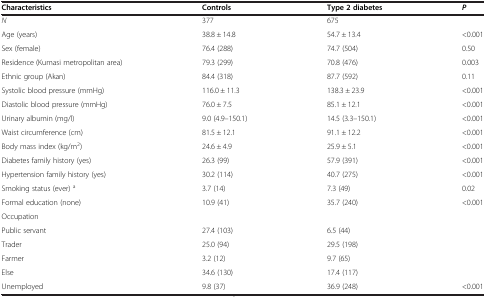
<table><thead><tr><td><b>Characteristics</b></td><td><b>Controls</b></td><td><b>Type 2 diabetes</b></td><td><b><i>P</i></b></td></tr></thead><tbody><tr><td><i>N</i></td><td>377</td><td>675</td><td> </td></tr><tr><td>Age (years)</td><td>38.8 ± 14.8</td><td>54.7 ± 13.4</td><td>&lt;0.001</td></tr><tr><td>Sex (female)</td><td>76.4 (288)</td><td>74.7 (504)</td><td>0.50</td></tr><tr><td>Residence (Kumasi metropolitan area)</td><td>79.3 (299)</td><td>70.8 (476)</td><td>0.003</td></tr><tr><td>Ethnic group (Akan)</td><td>84.4 (318)</td><td>87.7 (592)</td><td>0.11</td></tr><tr><td>Systolic blood pressure (mmHg)</td><td>116.0 ± 11.3</td><td>138.3 ± 23.9</td><td>&lt;0.001</td></tr><tr><td>Diastolic blood pressure (mmHg)</td><td>76.0 ± 7.5</td><td>85.1 ± 12.1</td><td>&lt;0.001</td></tr><tr><td>Urinary albumin (mg/l)</td><td>9.0 (4.9–150.1)</td><td>14.5 (3.3–150.1)</td><td>&lt;0.001</td></tr><tr><td>Waist circumference (cm)</td><td>81.5 ± 12.1</td><td>91.1 ± 12.2</td><td>&lt;0.001</td></tr><tr><td>Body mass index (kg/m<sup>2</sup>)</td><td>24.6 ± 4.9</td><td>25.9 ± 5.1</td><td>&lt;0.001</td></tr><tr><td>Diabetes family history (yes)</td><td>26.3 (99)</td><td>57.9 (391)</td><td>&lt;0.001</td></tr><tr><td>Hypertension family history (yes)</td><td>30.2 (114)</td><td>40.7 (275)</td><td>&lt;0.001</td></tr><tr><td>Smoking status (ever) <sup>a</sup></td><td>3.7 (14)</td><td>7.3 (49)</td><td>0.02</td></tr><tr><td>Formal education (none)</td><td>10.9 (41)</td><td>35.7 (240)</td><td>&lt;0.001</td></tr><tr><td>Occupation</td><td> </td><td> </td><td> </td></tr><tr><td>Public servant</td><td>27.4 (103)</td><td>6.5 (44)</td><td> </td></tr><tr><td>Trader</td><td>25.0 (94)</td><td>29.5 (198)</td><td> </td></tr><tr><td>Farmer</td><td>3.2 (12)</td><td>9.7 (65)</td><td> </td></tr><tr><td>Else</td><td>34.6 (130)</td><td>17.4 (117)</td><td> </td></tr><tr><td>Unemployed</td><td>9.8 (37)</td><td>36.9 (248)</td><td>&lt;0.001</td></tr></tbody></table>